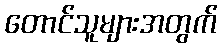
တောင်သူများအတွက်